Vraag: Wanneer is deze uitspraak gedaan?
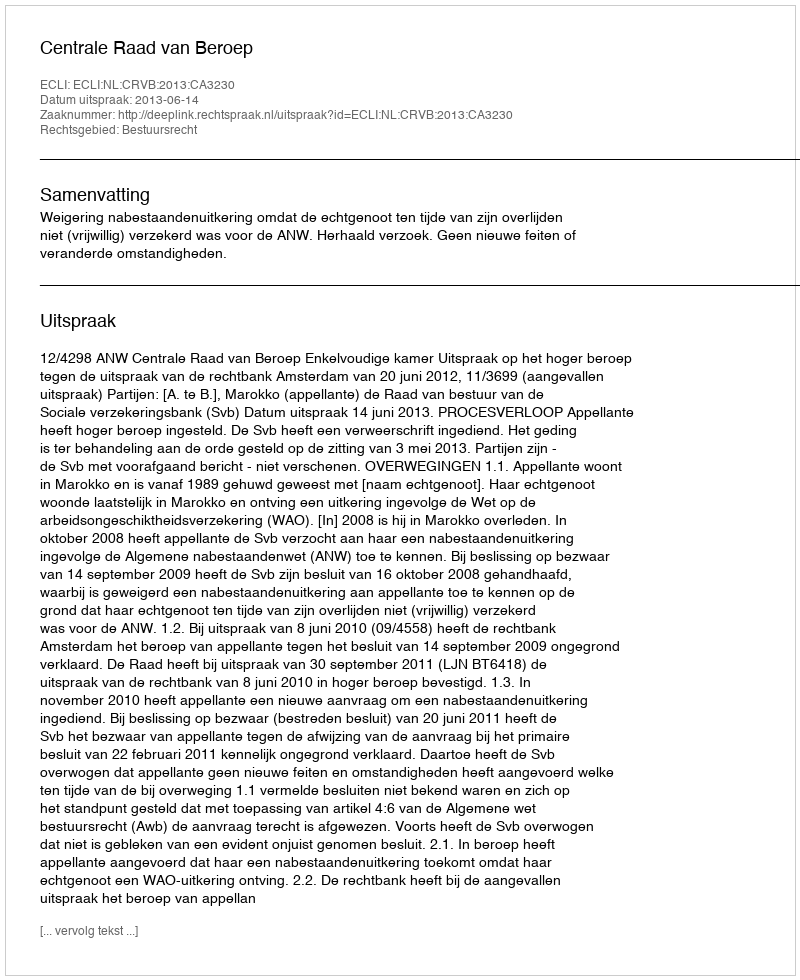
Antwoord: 2013-06-14